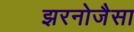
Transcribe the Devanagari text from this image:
झरनोजैसा